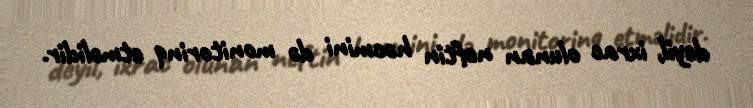
deyil, ixrac olunan neftin həcmini də monitorinq etməlidir.